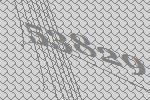
53829